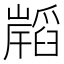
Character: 𭗧